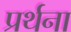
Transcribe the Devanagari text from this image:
प्रर्थना